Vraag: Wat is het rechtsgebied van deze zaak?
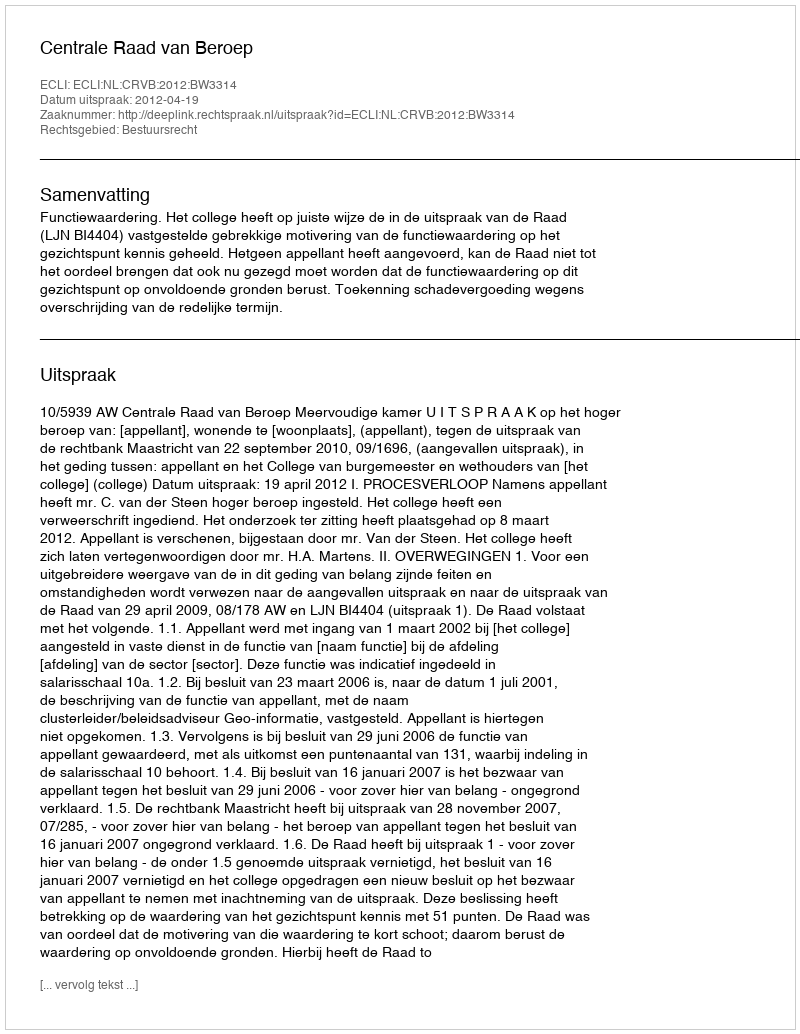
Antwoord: Bestuursrecht